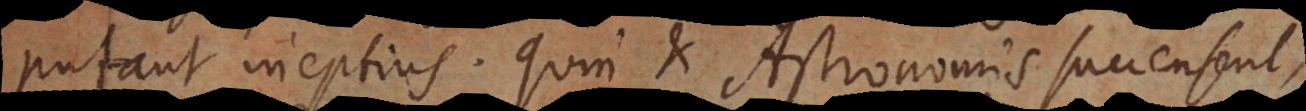
putant ineptius. Quin et Astronomis succensent,